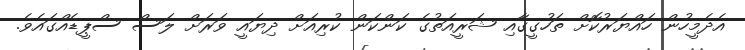
އެދެމީހުން ހައްޔަރުކޮށް ތަހުގީގާއި ޝަރީއަތުގެ ކަންކަން ކުރިއަށް ދިޔައީ ވަރަށް ލަސް ސްޕީޑެއްގައެވެ.